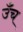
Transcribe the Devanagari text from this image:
उँच